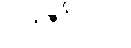
၁ ဒါဇင် = ၁၂